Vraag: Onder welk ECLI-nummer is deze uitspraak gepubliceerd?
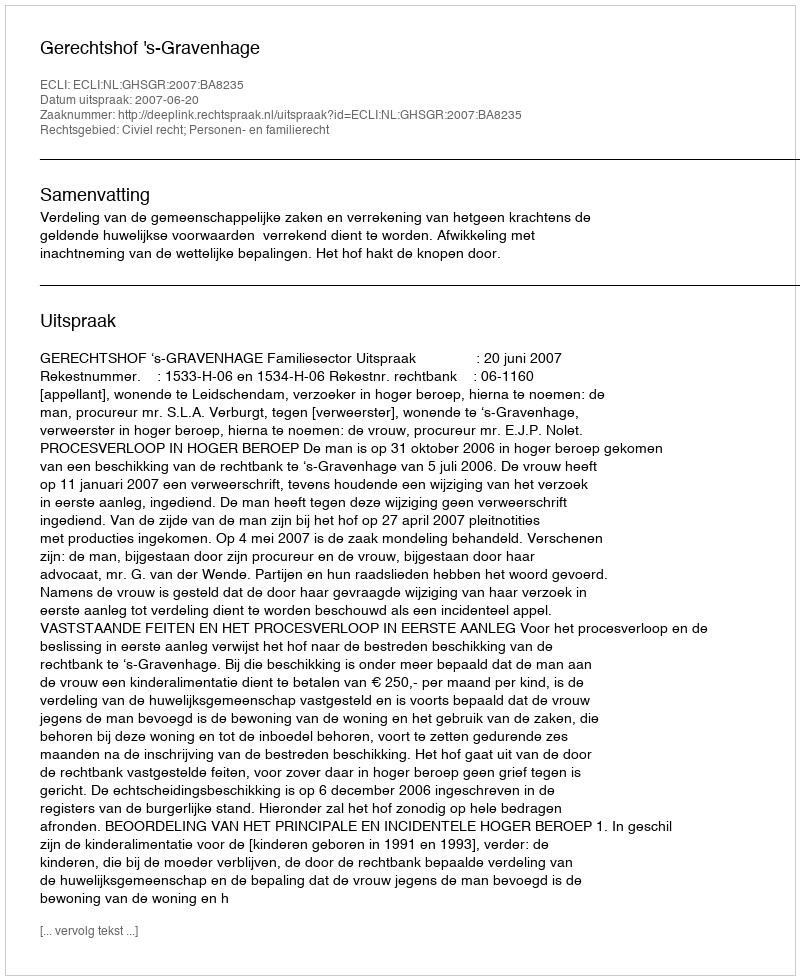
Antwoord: ECLI:NL:GHSGR:2007:BA8235